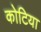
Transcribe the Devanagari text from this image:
कोटिया